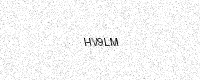
Text: HV9LM